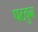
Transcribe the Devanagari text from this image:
पटवुन